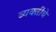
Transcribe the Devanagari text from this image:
व्‍यक्‍तींचे